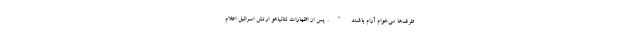
طرف‌ها می‌خوام آرام باشند". پس از اظهارات نتانیاهو ارتش اسرائیل اعلام